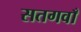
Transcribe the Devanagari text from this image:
सतगवाँ